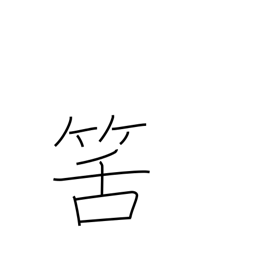
Meaning: expected